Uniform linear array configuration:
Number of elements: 48
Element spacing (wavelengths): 0.25
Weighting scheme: cosine
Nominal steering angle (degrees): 60
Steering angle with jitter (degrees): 61.686
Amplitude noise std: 0.05
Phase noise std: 0.05

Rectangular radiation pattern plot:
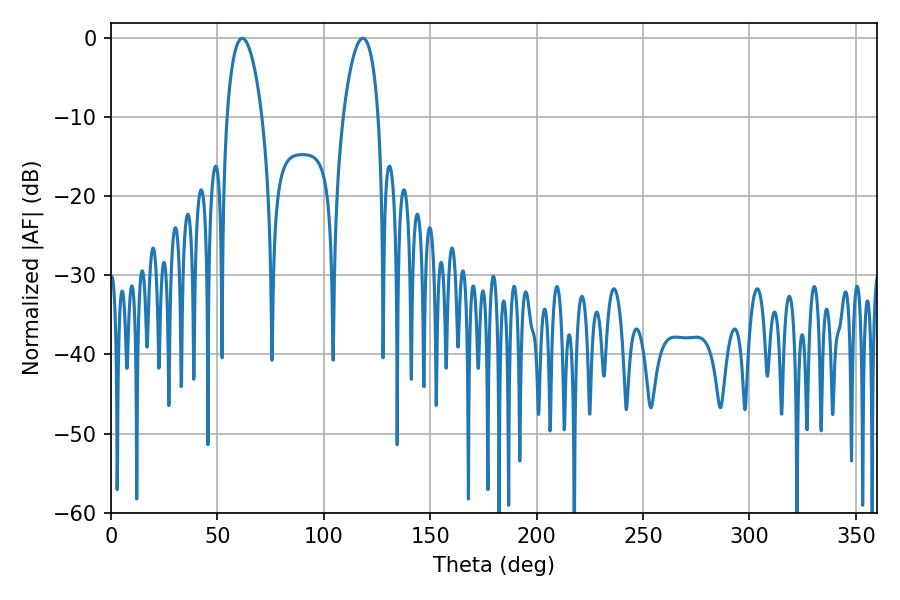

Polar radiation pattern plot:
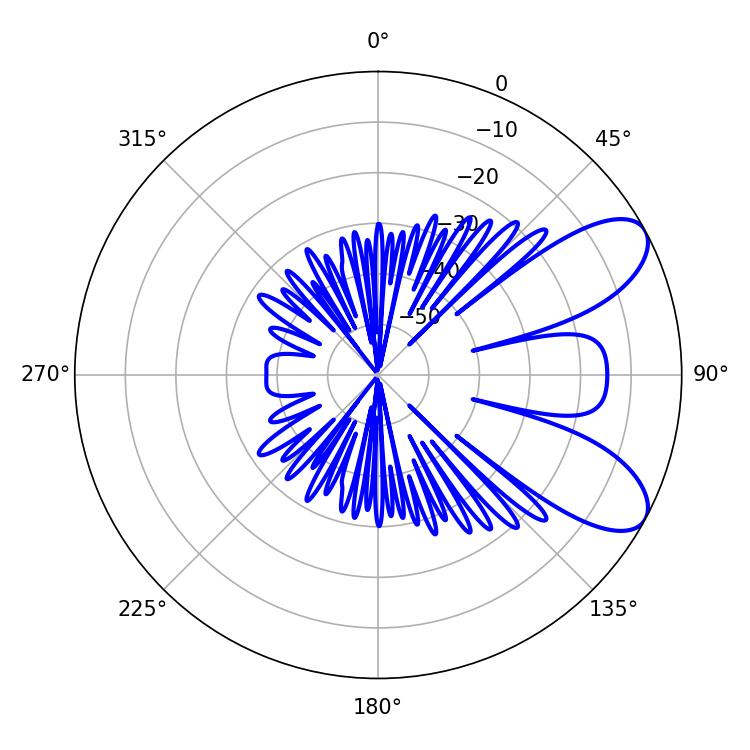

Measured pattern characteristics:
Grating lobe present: FALSE
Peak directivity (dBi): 7.996
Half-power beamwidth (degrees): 9.18
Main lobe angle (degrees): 61.56